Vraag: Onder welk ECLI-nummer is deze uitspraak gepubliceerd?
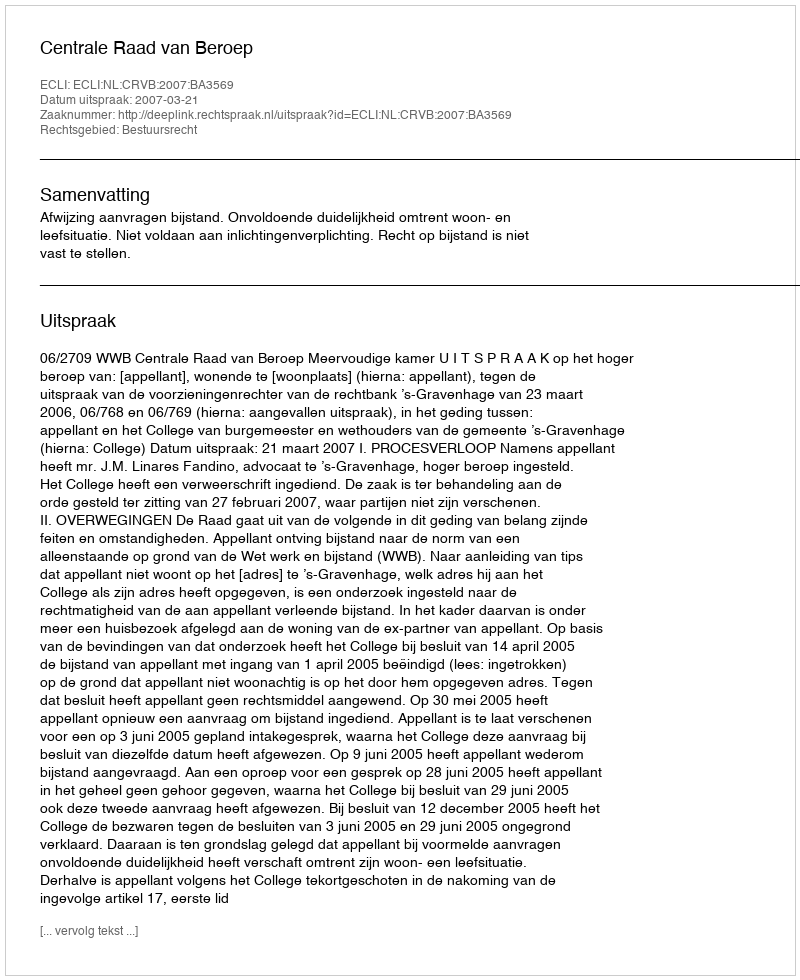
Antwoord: ECLI:NL:CRVB:2007:BA3569